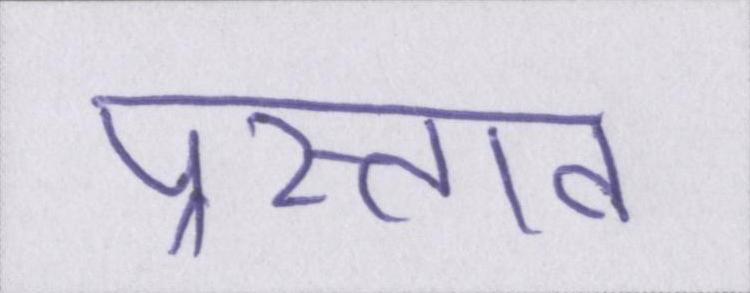
प्रस्ताव